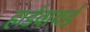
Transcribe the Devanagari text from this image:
हार्डवायर्ड